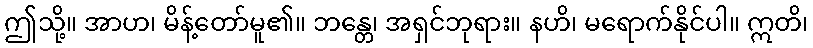
ဤသို့။ အာဟ၊ မိန့်တော်မူ၏။ ဘန္တေ၊ အရှင်ဘုရား။ နဟိ၊ မရောက်နိုင်ပါ။ ဣတိ၊